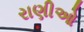
રાણીઓ